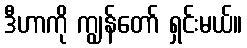
ဒီဟာကို ကျွန်တော် ရှင်းမယ်။